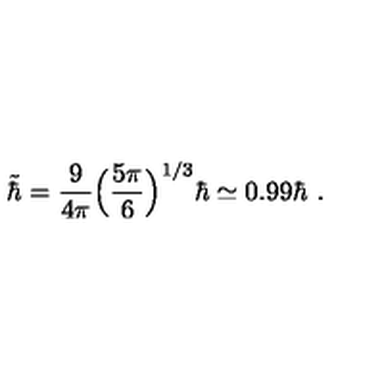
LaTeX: \tilde { \hbar } = { \frac { 9 } { 4 \pi } } \Big ( { \frac { 5 \pi } { 6 } } \Big ) ^ { 1 / 3 } \hbar \simeq 0 . 9 9 \hbar \ .